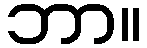
ဘာ။